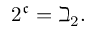
2 ^ { \mathfrak { c } } = \beth _ { 2 } .